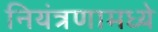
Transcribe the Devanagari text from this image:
नियंत्रणामध्ये